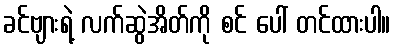
ခင်ဗျားရဲ့ လက်ဆွဲအိတ်ကို စင် ပေါ် တင်ထားပါ။